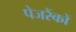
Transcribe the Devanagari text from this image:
पेजरैंकों